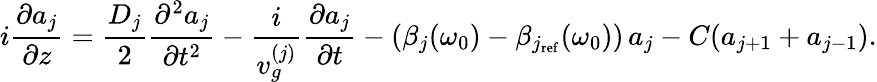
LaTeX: i\frac{\partial a_{j}}{\partial z}=\frac{D_{j}}{2}\frac{\partial^{2}a_{j}}{\partial t^{2}}-\frac{i}{v_{g}^{(j)}}\frac{\partial a_{j}}{\partial t}-\left(\beta_{j}(\omega_{0})-\beta_{j_{\mathrm{ref}}}(\omega_{0})\right)\, a_{j}-C(a_{j+1}+a_{j-1}).